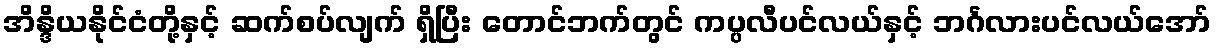
အိန္ဒိယနိုင်ငံတို့နှင့် ဆက်စပ်လျက် ရှိပြီး တောင်ဘက်တွင် ကပ္ပလီပင်လယ်နှင့် ဘင်္ဂလားပင်လယ်အော်